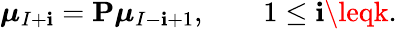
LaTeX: \boldsymbol{\mu}_{I+\mathbf{i}}=\mathbf{{P}}\boldsymbol{\mu}_{I-\mathbf{i}+1},\qquad1\leq\mathbf{i}\leqk.